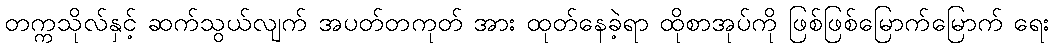
တက္ကသိုလ်နှင့် ဆက်သွယ်လျက် အပတ်တကုတ် အား ထုတ်နေခဲ့ရာ ထိုစာအုပ်ကို ဖြစ်ဖြစ်မြောက်မြောက် ရေး